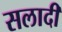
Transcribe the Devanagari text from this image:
सलादी